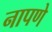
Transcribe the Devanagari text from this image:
नापणे